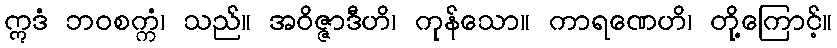
ဣဒံ ဘဝစက္ကံ၊ သည်။ အဝိဇ္ဇာဒီဟိ၊ ကုန်သော။ ကာရဏေဟိ၊ တို့ကြောင့်။